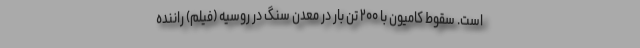
است. سقوط کامیون با ۲۰۰ تن بار در معدن سنگ در روسیه (فیلم) راننده